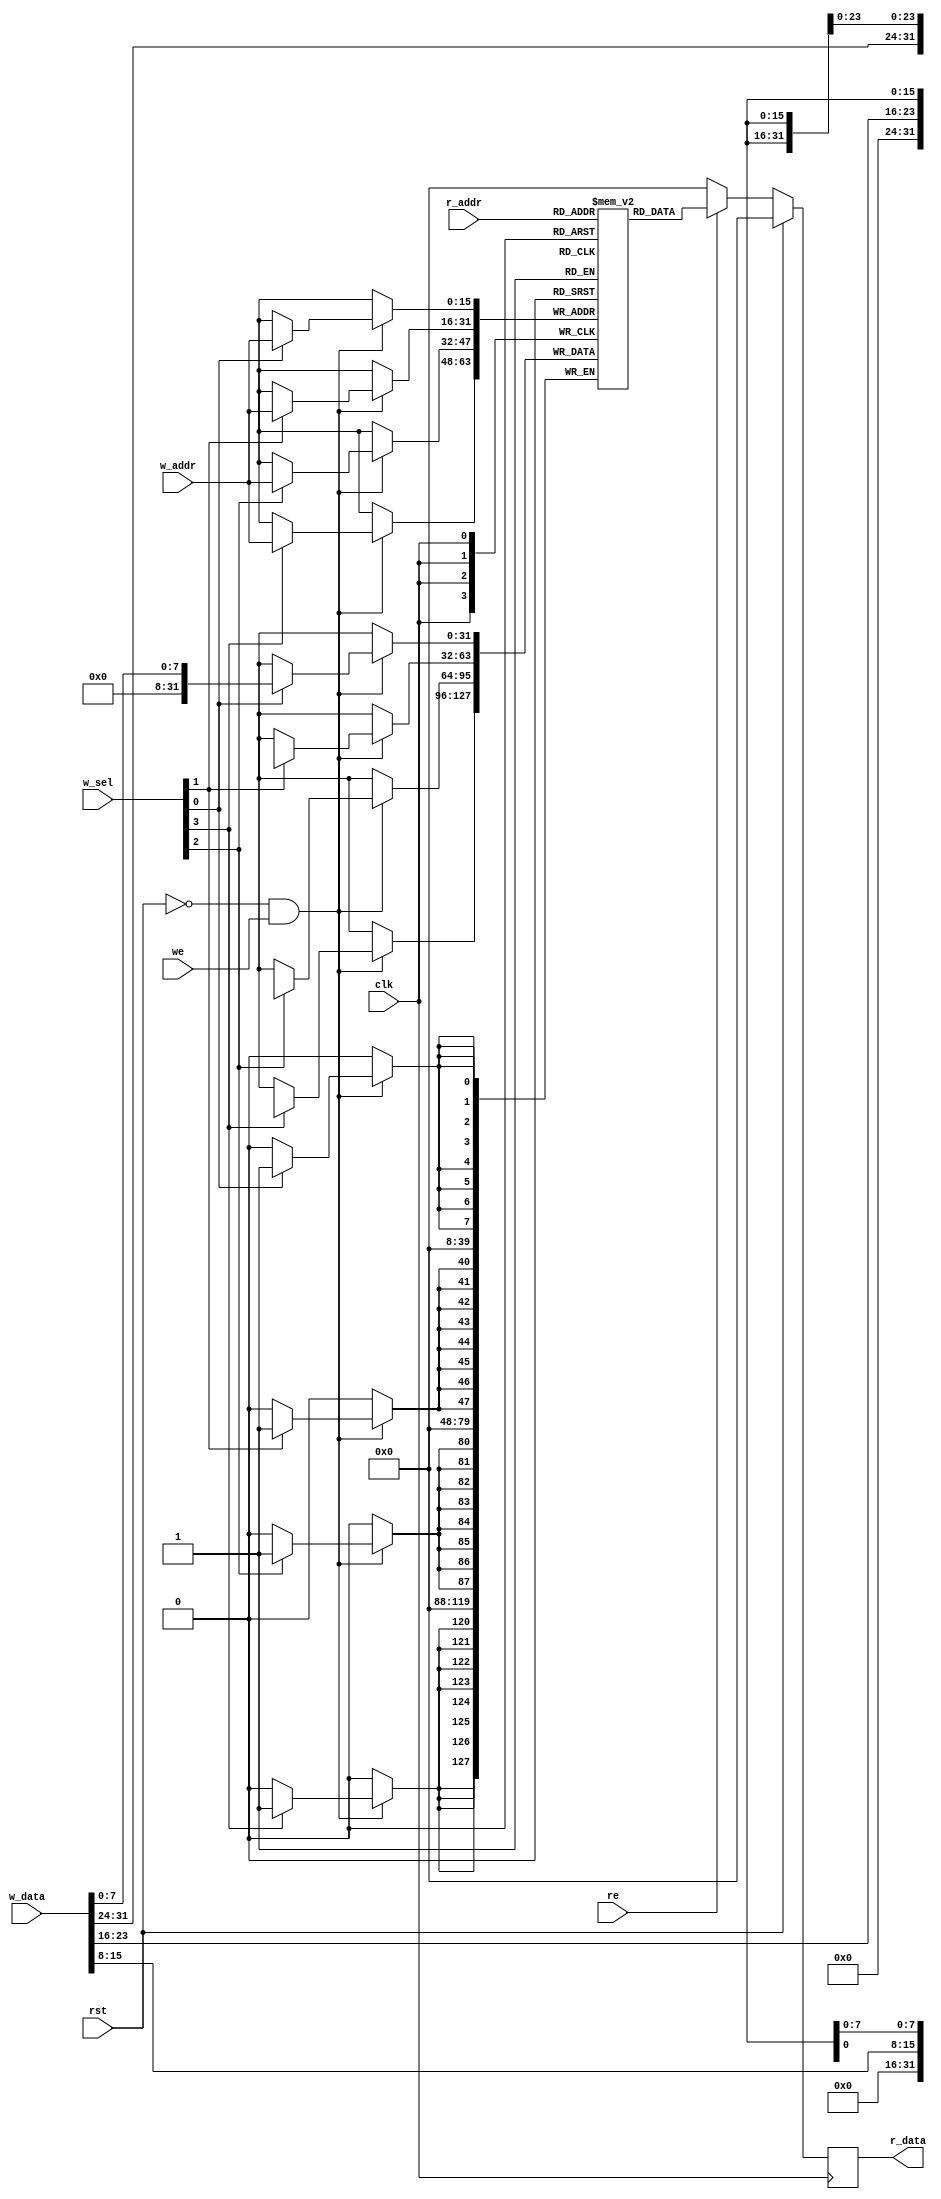
module simple_ram #(
	parameter AddrBusWidth     = 16,
	parameter DataBusByteWidth = 4
) (
	input  wire                          clk   ,
	input  wire                          rst   ,
	input  wire                          re    ,
	input  wire [      AddrBusWidth-1:0] r_addr,
	input  wire                          we    ,
	input  wire [8*DataBusByteWidth-1:0] w_data,
	input  wire [      AddrBusWidth-1:0] w_addr,
	input  wire [  DataBusByteWidth-1:0] w_sel ,
	output reg  [8*DataBusByteWidth-1:0] r_data
);

	reg [8*DataBusByteWidth-1:0] data[(1<<AddrBusWidth)-1:0];

	always @ (posedge clk) begin
		if (!rst && we) begin
			if(w_sel[0]) data[w_addr][7:0] <= w_data[7:0];
			if(w_sel[1]) data[w_addr][15:8] <= w_data[15:8];
			if(w_sel[2]) data[w_addr][23:16] <= w_data[23:16];
			if(w_sel[3]) data[w_addr][31:24] <= w_data[31:24];
		end
	end

	always @ (posedge clk) begin
		if (rst) begin
			r_data <= 0;
		end else if (re) begin
			r_data <= data[r_addr];
		end else begin
			r_data <= 0;
		end
	end

endmodule // simple_ram